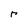
Character: r